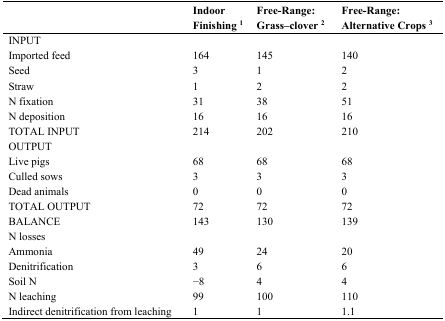
|  | Indoor Finishing 1 | Free-Range: Grass–clover 2 | Free-Range: Alternative Crops 3 |
 | --- | --- | --- | --- |
 | INPUT |  |  |  |
 | Imported feed | 164 | 145 | 140 |
 | Seed | 3 | 1 | 2 |
 | Straw | 1 | 2 | 2 |
 | N fixation | 31 | 38 | 51 |
 | N deposition | 16 | 16 | 16 |
 | TOTAL INPUT | 214 | 202 | 210 |
 | OUTPUT |  |  |  |
 | Live pigs | 68 | 68 | 68 |
 | Culled sows | 3 | 3 | 3 |
 | Dead animals | 0 | 0 | 0 |
 | TOTAL OUTPUT | 72 | 72 | 72 |
 | BALANCE | 143 | 130 | 139 |
 | N losses |  |  |  |
 | Ammonia | 49 | 24 | 20 |
 | Denitrification | 3 | 6 | 6 |
 | Soil N | −8 | 4 | 4 |
 | N leaching | 99 | 100 | 110 |
 | Indirect denitrification from leaching | 1 | 1 | 1.1 |